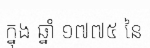
ក្នុង ឆ្នាំ ១៧៧៥ នៃ